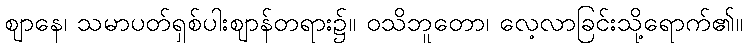
ဈာနေ၊ သမာပတ်ရှစ်ပါးဈာန်တရား၌။ ဝသိဘူတော၊ လေ့လာခြင်းသို့ရောက်၏။